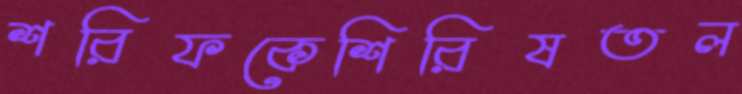
শরিফকেশিরিষতল